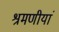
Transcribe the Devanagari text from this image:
श्रमणीयां